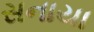
સનાયા